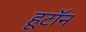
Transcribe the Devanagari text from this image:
हूटॉन